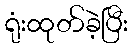
ရုံးထုတ်ခဲ့ပြီး